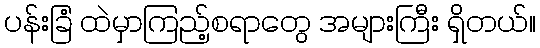
ပန်းခြံ ထဲမှာကြည့်စရာတွေ အများကြီး ရှိတယ်။